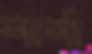
শার্শা